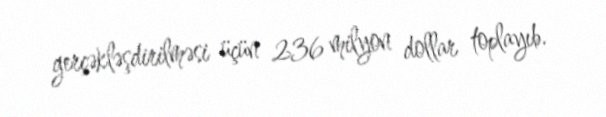
gerçəkləşdirilməsi üçün 236 milyon dollar toplayıb.